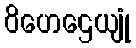
ဝိဟေဌေယျုံ